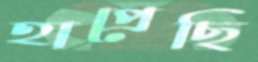
হাপ্‌রেছি